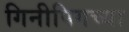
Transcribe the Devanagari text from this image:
गिनीपिगच्या